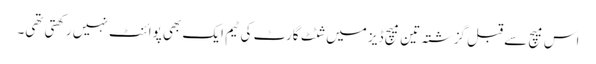
اس میچ سے قبل گزشتہ تین میچ ڈیز میں شٹٹ گارٹ کی ٹیم ایک بھی پوائنٹ نہیں رکھتی تھی۔